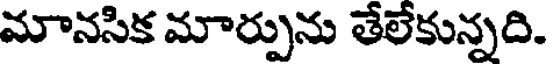
మానసిక మార్పును తేలేకున్నది.